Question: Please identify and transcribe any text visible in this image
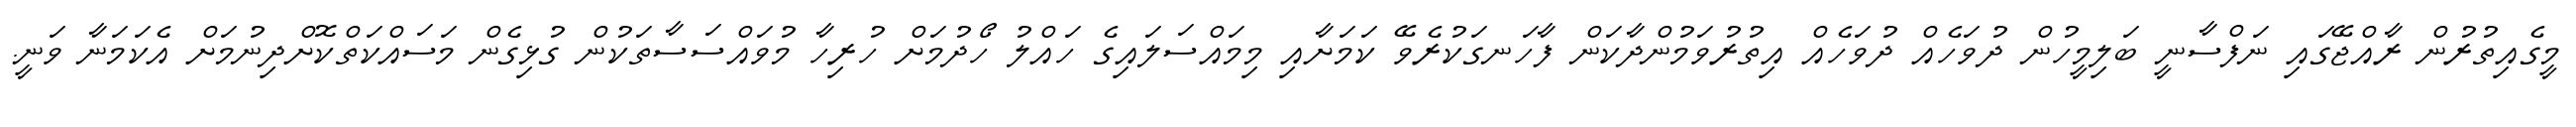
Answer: މީގެއިތުރުން ރާއްޖޭގައި ނަފްސާނީ ބަލިމީހުން ދުވަހެއް ދުވަހެއް އިތުރުވަމުންދާކަން ފާހަނގަކުރެވޭ ކަމަށާއި މިމައްސަލައިގެ ހައްލު ހޯދުމަށް ހުރިހާ މުވައްސަސާތަކުން ގުޅިގެން މަސައްކަތްކޮށްދިނުމަށް އެކަމަނާ ވަނީ.